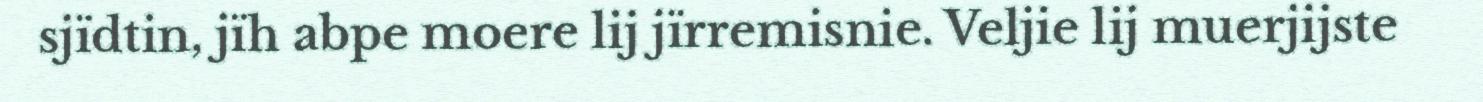
sjïdtin, jïh abpe moere lij jïrremisnie. Veljie lij muerjijste